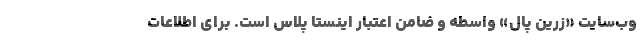
وب‌سایت «زرین پال» واسطه و ضامن اعتبار اینستا پلاس است. برای اطلاعات